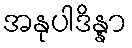
အနုပါဒိန္နာ